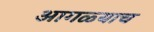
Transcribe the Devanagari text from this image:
आगळ्याच